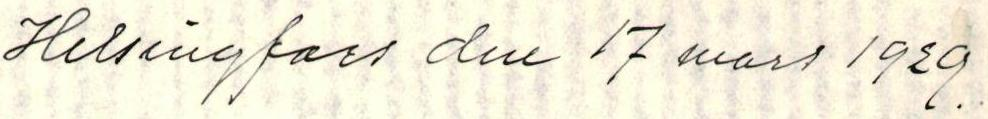
Helsingfors den 17 mars 1929.